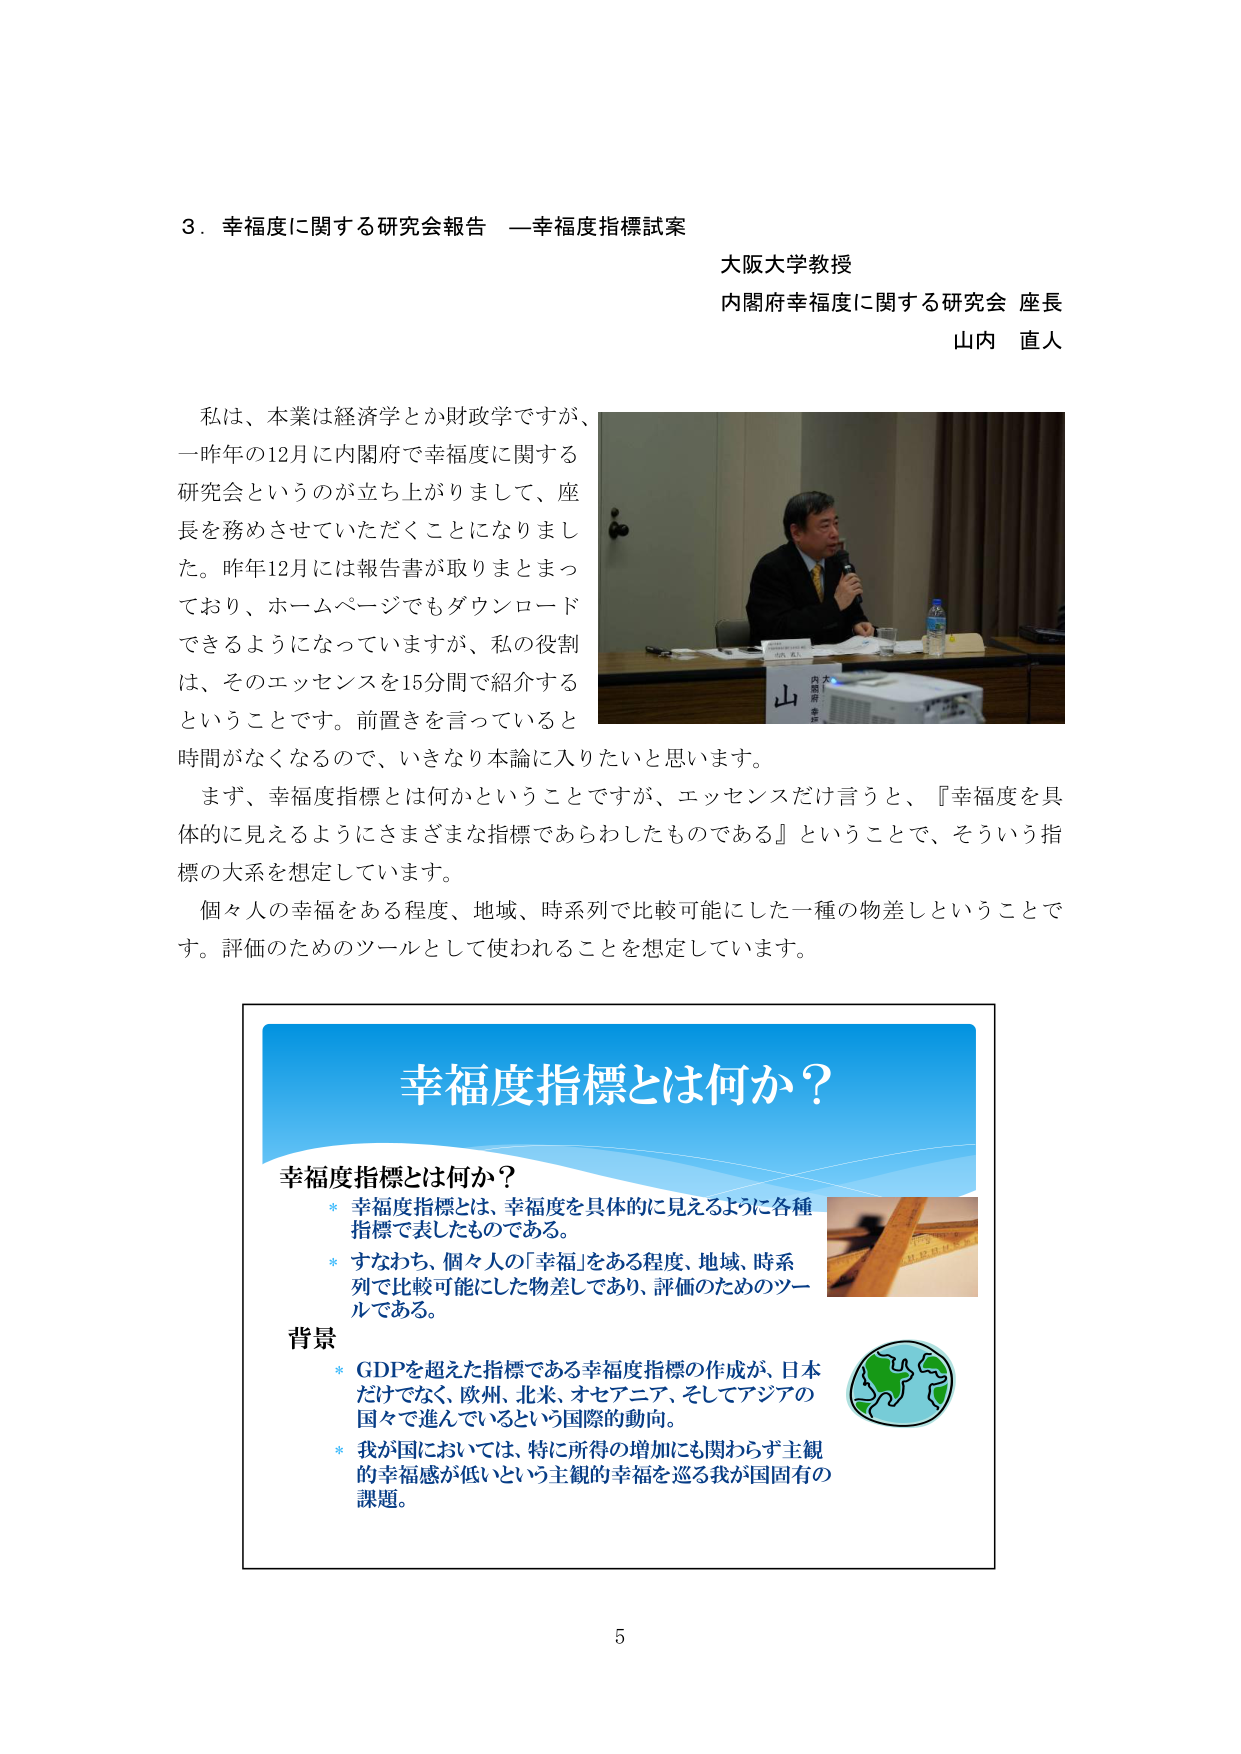
3．幸福度に関する研究会報告 —幸福度指標試案
大阪大学教授
内閣府幸福度に関する研究会 座長
山内 直人

私は、本業は経済学とか財政学ですが、
一昨年の12月に内閣府で幸福度に関する
研究会というのが立ち上がりまして、座
長を務めさせていただくことになりまし
た。昨年12月には報告書が取りまとまっ
ており、ホームページでもダウンロード
できるようになっていますが、私の役割
は、そのエッセンスを15分間で紹介する
ということです。前置きを言っていると
時間がなくなるので、いきなり本論に入りたいと思います。

まず、幸福度指標とは何かということですが、エッセンスだけ言うと、『幸福度を具体的に見えるようにさまざまな指標であらわしたものである』ということで、そういう指標の大系を想定しています。

個々人の幸福をある程度、地域、時系列で比較可能にした一種の物差しということです。評価のためのツールとして使われることを想定しています。

幸福度指標とは何か？
幸福度指標とは何か？
* 幸福度指標とは、幸福度を具体的に見えるように各種指標で表したものである。
* すなわち、個々人の「幸福」をある程度、地域、時系列で比較可能にした物差しであり、評価のためのツールである。

背景
* GDPを超えた指標である幸福度指標の作成が、日本だけでなく、欧州、北米、オセアニア、そしてアジアの国々で進んでいるという国際的動向。
* 我が国においては、特に所得の増加にも関わらず主観的幸福感が低いという主観的幸福を巡る我が国固有の課題。

5